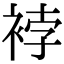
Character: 𧚆